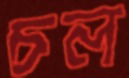
চল